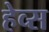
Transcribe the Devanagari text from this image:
हेव्स